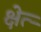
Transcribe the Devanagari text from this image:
क्षेत्र्‍